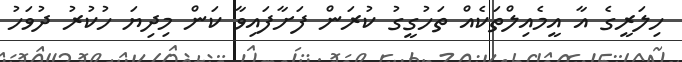
ހިލަރީގެ އާ އީމެއިލްތަކެއް ތަހުގީގު ކުރަން ފަށާފައިވާ ކަން މިދިޔަ ހުކުރު ދުވަހު